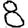
Digit: 8